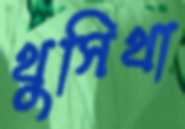
থুসিথা